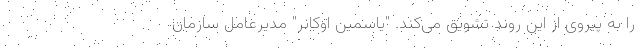
را به پیروی از این روند تشویق می‌کند. "یاسمین اوکانر" مدیرعامل سازمان